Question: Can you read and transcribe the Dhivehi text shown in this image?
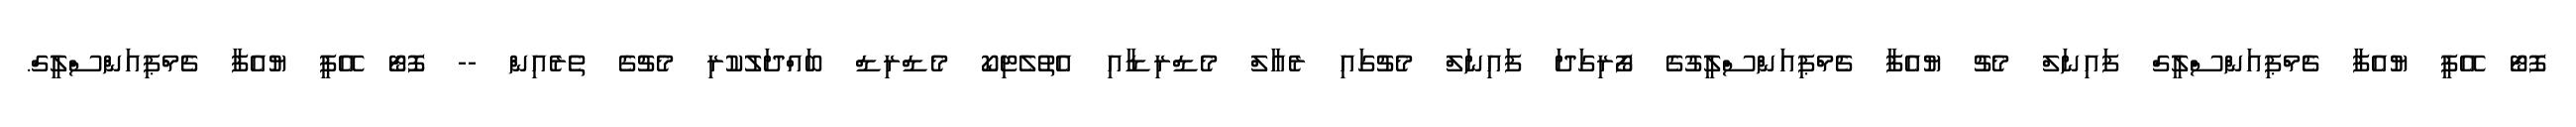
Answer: ފޮޓޯ އޭޕީ ޔުއެފާ ޗެމްޕިއަންސްލީގް ފައިނަލް މެޗު ޔުއެފާ ޗެމްޕިއަންސްލީގުގެ ފޯރިގަދަ ފައިނަލް މެޗުގައި ރެއާލް މެޑްރިޑާއި އެތުލެޓިކޯ މެޑްރިޑް ބައްދަލުކުރި މެޗުގެ ތެރެއިން -- ފޮޓޯ އޭޕީ ޔުއެފާ ޗެމްޕިއަންސްލީގް.